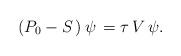
LaTeX: \begin{align*}(P_0-S\,)\,\psi\,=\tau\,V\,\psi.\end{align*}